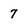
Character: 7